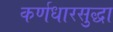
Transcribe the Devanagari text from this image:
कर्णधारसुद्धा